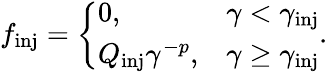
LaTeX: f_{\mathrm{inj}}=\left\{ \begin{array}{ll}{0,}&{\gamma<\gamma_{\mathrm{inj}}}\\ {Q_{\mathrm{inj}}\gamma^{-p},}&{\gamma\geq\gamma_{\mathrm{inj}}}\end{array}\right..